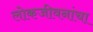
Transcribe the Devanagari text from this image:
लोकजीवनांचा